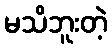
မသိဘူးတဲ့